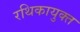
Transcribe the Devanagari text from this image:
रथिकायुक्त